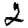
Digit: 2